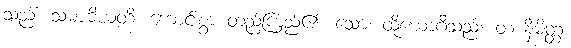
သည်။ သမာဓိယတိ၊ ကောင်းစွာ တည်ကြည်၏။ သော၊ ထိုယောဂီသည်။ တံ နိမိတ္တံ၊